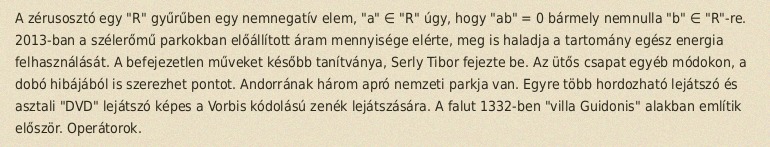
A zérusosztó egy "R" gyűrűben egy nemnegatív elem, "a" ∈ "R" úgy, hogy "ab" = 0 bármely nemnulla "b" ∈ "R"-re. 2013-ban a szélerőmű parkokban előállított áram mennyisége elérte, meg is haladja a tartomány egész energia felhasználását. A befejezetlen műveket később tanítványa, Serly Tibor fejezte be. Az ütős csapat egyéb módokon, a dobó hibájából is szerezhet pontot. Andorrának három apró nemzeti parkja van. Egyre több hordozható lejátszó és asztali "DVD" lejátszó képes a Vorbis kódolású zenék lejátszására. A falut 1332-ben "villa Guidonis" alakban említik először. Operátorok.